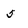
Character: 5